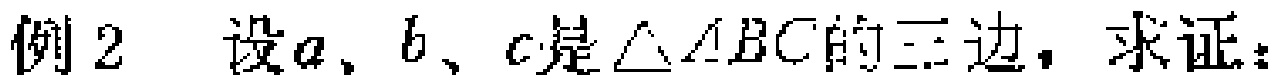
例2 设\(a\)、\(b\)、\(c\)是\(\triangle ABC\)的三边，求证：